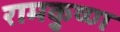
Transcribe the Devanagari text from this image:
रामकृुष्ण